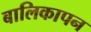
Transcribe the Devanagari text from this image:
बालिकापन